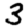
Digit: 3